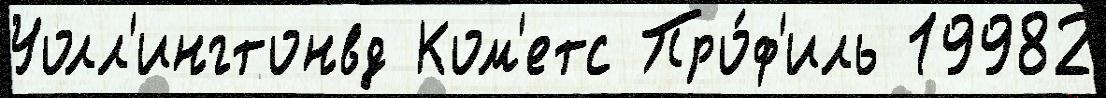
Уолл'ингтонвд Ком'етс Про́ф'иль 19982